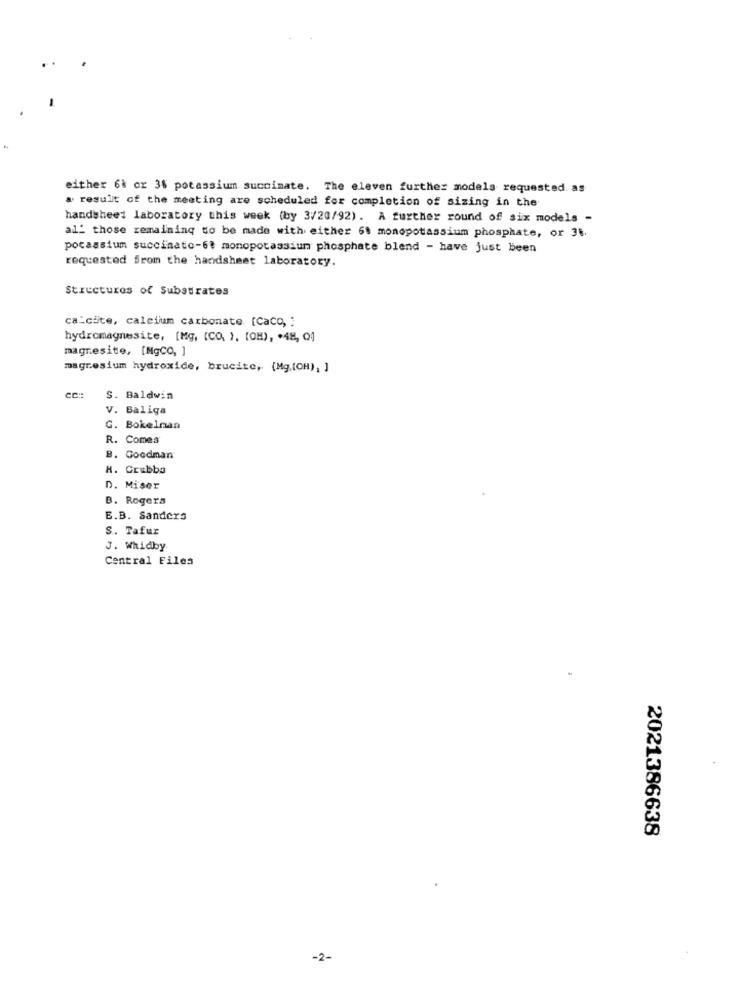
either 68 or 3% potassium succimate. The eleven further models requested. as
a result of the meeting are scheduled for completion of sizing in the
handsheet laboratory this week (by 3/20/92). A further round of six models -
al' those remaining to be made with either 6. monopotassium phosphate, or 36.
potassium succinato-6: monopotassium phosphate blend - have just been
requested from the handsheet laboratory.
Structures of Substrates
ca-cite, calcium carbonate. [Caco, :
hydromagnesite, [Mg, (CO. ), (OH), . 48, QJ
magnesite, [MgCO, ]
magnesium hydroxide, brucite ,. (Mg,(CH), ]
S. Baldwin
V. Baliga
G. Bokelnan
R. Comes
B. Goodiman
H. Crubba
D. Miser
B. Rogers
E.B. Sanders
S. Tafur
J. Whidby
Central Files
2021386638
-2-